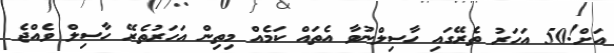
އަށް!50 އަހަރު ތެރޭގައި ހާސިލްނުވާ އެތައް ކަމެއް މިތިން އަހަރުތެރޭ ހާސިލް ވެއްޖެ